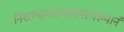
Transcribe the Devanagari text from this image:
निशष्नायाख्यागमत्यख्याने